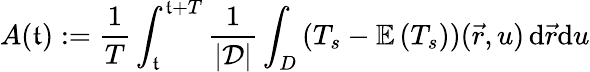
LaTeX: A(\mathfrak{t}):=\frac{{1}}{{T}}\int_{\mathfrak{t}}^{\mathfrak{t}+T}\frac{{1}}{{\mathcal{{\left|D\right|}}}}\int_{D}\left(T_{s}-\mathbb{{E}}\left(T_{s}\right)\right)(\vec{{r}},u)\, \mathrm{{d}}\vec{{r}}\mathrm{{d}}u